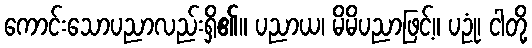
ကောင်းသောပညာလည်းရှိ၏။ ပညာယ၊ မိမိပညာဖြင့်။ ပဥုံ၊ ငါတို့